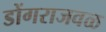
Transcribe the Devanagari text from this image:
डोंगराजवळ